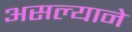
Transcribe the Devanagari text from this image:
असल्याने